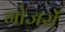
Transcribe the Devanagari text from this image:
गोजरों